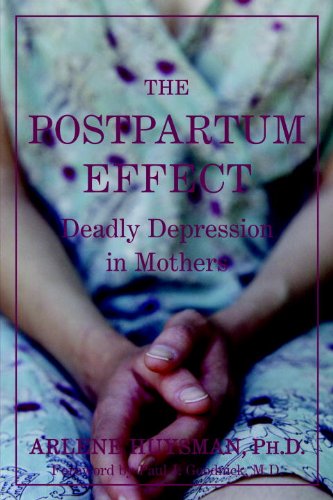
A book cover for The Postpartum Effect: Deadly Depression in Mothers; Arlene M. Huysman; Health, Fitness & Dieting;